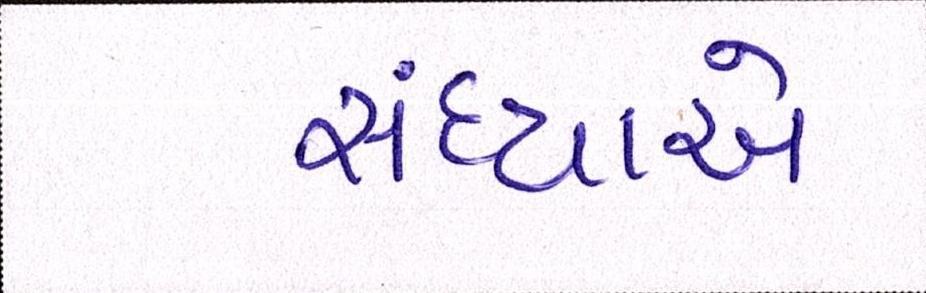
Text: સંધ્યાએ